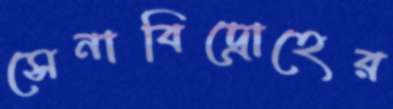
সেনাবিদ্রোহের